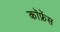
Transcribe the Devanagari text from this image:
कॉफ्रेंस